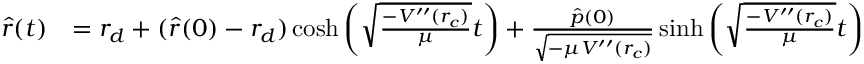
\begin{array} { r l } { { \hat { r } } ( t ) } & { = r _ { d } + ( { \hat { r } } ( 0 ) - r _ { d } ) \cosh \left( \sqrt { \frac { - V ^ { \prime \prime } ( r _ { c } ) } { \mu } } t \right) + \frac { { \hat { p } } ( 0 ) } { \sqrt { - \mu V ^ { \prime \prime } ( r _ { c } ) } } \sinh \left( \sqrt { \frac { - V ^ { \prime \prime } ( r _ { c } ) } { \mu } } t \right) } \end{array}